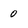
Character: 0